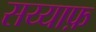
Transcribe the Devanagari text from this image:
सय्याफ़